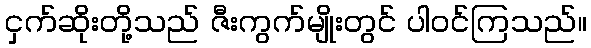
ငှက်ဆိုးတို့သည် ဇီးကွက်မျိုးတွင် ပါဝင်ကြသည်။